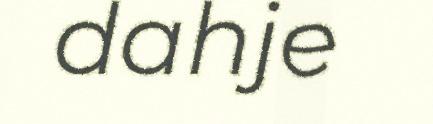
dahje